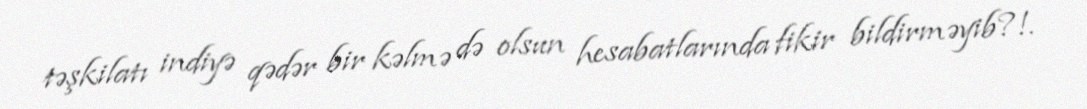
təşkilatı indiyə qədər bir kəlmə də olsun hesabatlarında fikir bildirməyib?!.